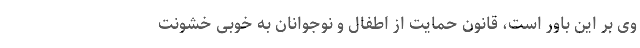
وی بر این باور است، قانون حمایت از اطفال و نوجوانان به خوبی خشونت